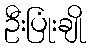
ဦးပြုံးချို